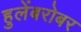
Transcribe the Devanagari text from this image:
हुलेंबरोबर